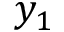
y _ { 1 }